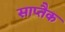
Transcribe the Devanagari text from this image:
साप्तैक